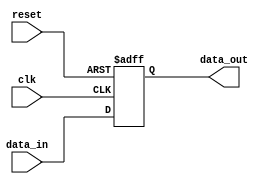
module Register #(parameter DATA_WIDTH=32)(
	clk,
	reset,
	data_in,
	data_out
);

input clk;
input reset;
input [DATA_WIDTH-1:0] data_in;
output reg [DATA_WIDTH-1:0] data_out ;


always @(posedge clk or posedge reset) begin
	if (reset) data_out <= 0;
	else if (clk) begin
		data_out <= data_in;
	end
end
endmodule